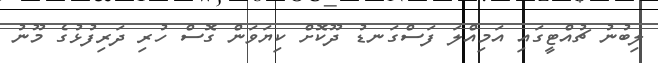
ލިބުނު ޗުއްޓީގައި އަމިއްލަ ފަސްގަނޑު ދޫކޮށް ކިޔަވަން ގޮސް ހުރި ދަރިފުޅުގެ މޫނު